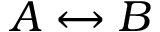
A \leftrightarrow B